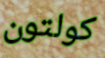
كولتون